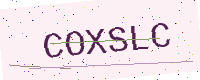
Text: COXSLC